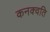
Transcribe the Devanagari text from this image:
कनक्वति